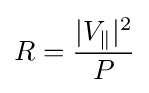
R={\frac {|V_{\parallel }|^{2}}{P}}